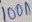
Text: 100n